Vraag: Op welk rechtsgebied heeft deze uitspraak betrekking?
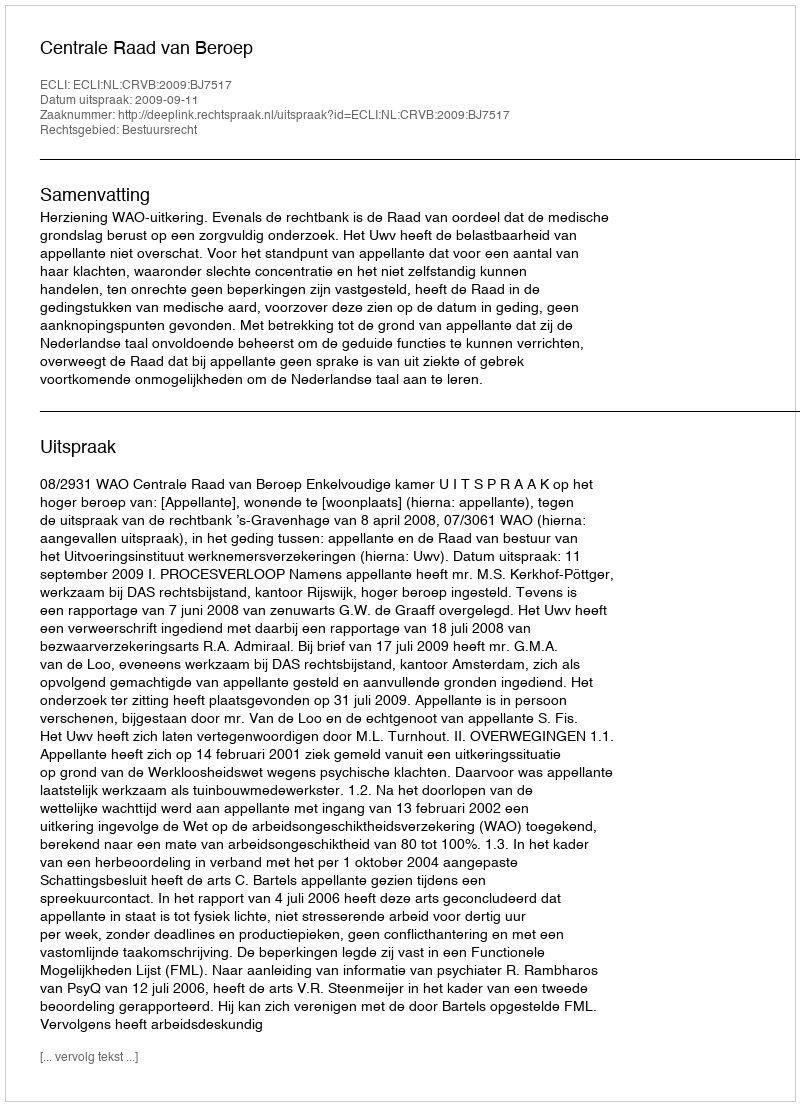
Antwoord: Bestuursrecht